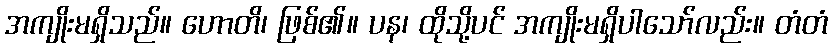
အကျိုးမရှိသည်။ ဟောတိ၊ ဖြစ်၏။ ပန၊ ထိုသို့ပင် အကျိုးမရှိပါသော်လည်း။ တံတံ